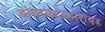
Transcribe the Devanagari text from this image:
डोंगराळउतारावर